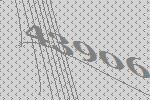
43906